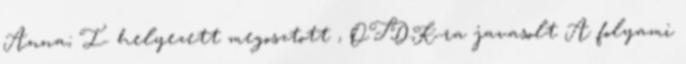
Anna; I. helyezett megosztott , OTDK-ra javasolt A folyami